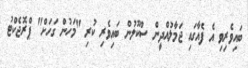
ބައިވެރިވި އެ ފެއާގައި ޖަމާލުއްދީން ސްކޫލުން ބައިވެރި ކުރި "މަހުން ގަހަށް" ޕްރޮޖެކްޓު